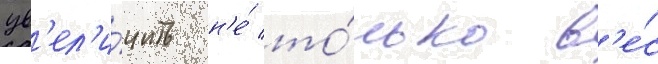
ув'ел'и́чить н'е́ то́лько в'е́с